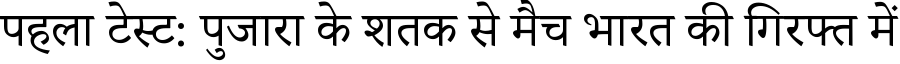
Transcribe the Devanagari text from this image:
पहला टेस्ट: पुजारा के शतक से मैच भारत की गिरफ्त में